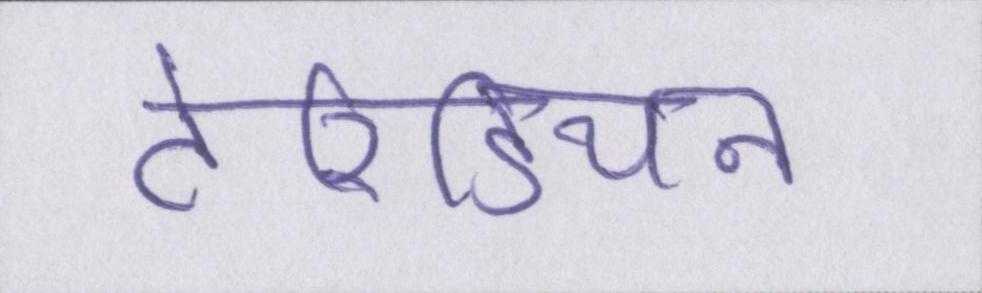
टेरिडियन